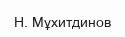
Н. Мұхитдинов